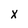
Character: x